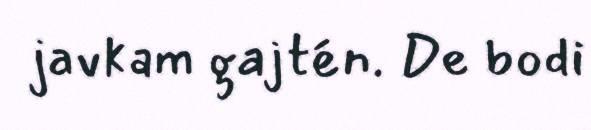
javkam gajtén. De bodi